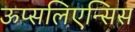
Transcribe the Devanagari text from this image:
ऊप्सलिएन्सिस